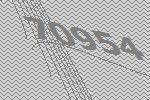
70954